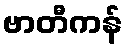
ဗာတီကန်